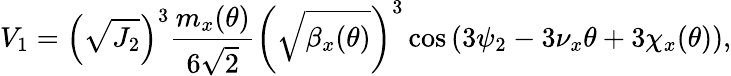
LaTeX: V_{1}=\left(\sqrt{J_{2}}\right)^{3}\frac{m_{x}(\theta)}{6\sqrt 2}\left(\sqrt{\beta_{x}(\theta)}\right)^{3}\cos\left(3\psi_{2}-3\nu_{x}\theta+3\chi_{x}(\theta)\right),